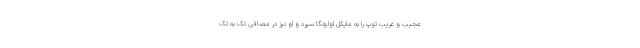
عجیب و غریب توپ را به مایکل اولونگا سپرد و او نیز در مصافی تک به تک